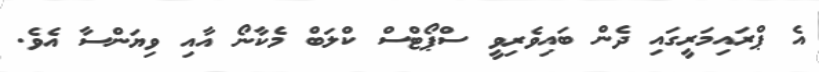
އެ ޕްރައިމަރީގައި ދެން ބައިވެރިވީ ސްޕޯޓްސް ކްލަބް މެކާނޯ އާއި ވިޔަންސާ އެވެ.